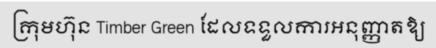
ក្រុមហ៊ុន Timber Green ដែលទទួលការអនុញ្ញាតឱ្យ